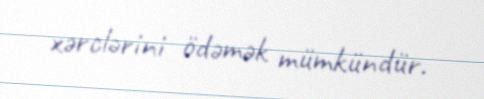
xərclərini ödəmək mümkündür.